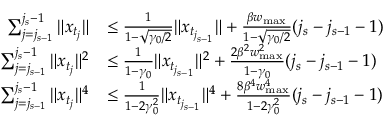
\begin{array} { r l } { \sum _ { j = j _ { s - 1 } } ^ { j _ { s } - 1 } \| x _ { t _ { j } } \| } & { \leq \frac { 1 } { 1 - \sqrt { \gamma _ { 0 } / 2 } } \| x _ { t _ { j _ { s - 1 } } } \| + \frac { \beta w _ { \operatorname* { m a x } } } { 1 - \sqrt { \gamma _ { 0 } / 2 } } ( j _ { s } - j _ { s - 1 } - 1 ) } \\ { \sum _ { j = j _ { s - 1 } } ^ { j _ { s } - 1 } \| x _ { t _ { j } } \| ^ { 2 } } & { \leq \frac { 1 } { 1 - \gamma _ { 0 } } \| x _ { t _ { j _ { s - 1 } } } \| ^ { 2 } + \frac { 2 \beta ^ { 2 } w _ { \operatorname* { m a x } } ^ { 2 } } { 1 - \gamma _ { 0 } } ( j _ { s } - j _ { s - 1 } - 1 ) } \\ { \sum _ { j = j _ { s - 1 } } ^ { j _ { s } - 1 } \| x _ { t _ { j } } \| ^ { 4 } } & { \leq \frac { 1 } { 1 - 2 \gamma _ { 0 } ^ { 2 } } \| x _ { t _ { j _ { s - 1 } } } \| ^ { 4 } + \frac { 8 \beta ^ { 4 } w _ { \operatorname* { m a x } } ^ { 4 } } { 1 - 2 \gamma _ { 0 } ^ { 2 } } ( j _ { s } - j _ { s - 1 } - 1 ) } \end{array}